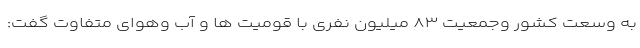
به وسعت کشور وجمعیت ۸۳ میلیون نفری با قومیت ها و آب وهوای متفاوت گفت: